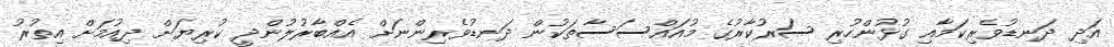
އަދި ދަނޑުވެރިކަމާއި ގުޅުންހުރި ސަރުކާރުގެ މުއައްސަސާތަކުން ދަނޑުވެރިންނަށް އެއްބާރުލުންދީ ކުރިޔަށް ދިއުމަށް އިތުރު